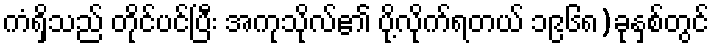
ကံရှိသည် တိုင်ပင်ပြီး အကုသိုလ်၏ ပို့လိုက်ရတယ် ၁၉၆၈)ခုနှစ်တွင်